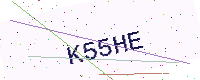
Text: K55HE